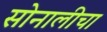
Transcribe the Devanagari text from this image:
सोनालीचा